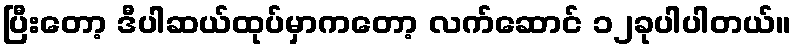
ပြီးတော့ ဒီပါဆယ်ထုပ်မှာကတော့ လက်ဆောင် ၁၂ခုပါပါတယ်။